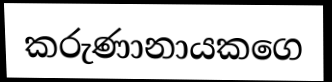
කරුණානායකගෙ